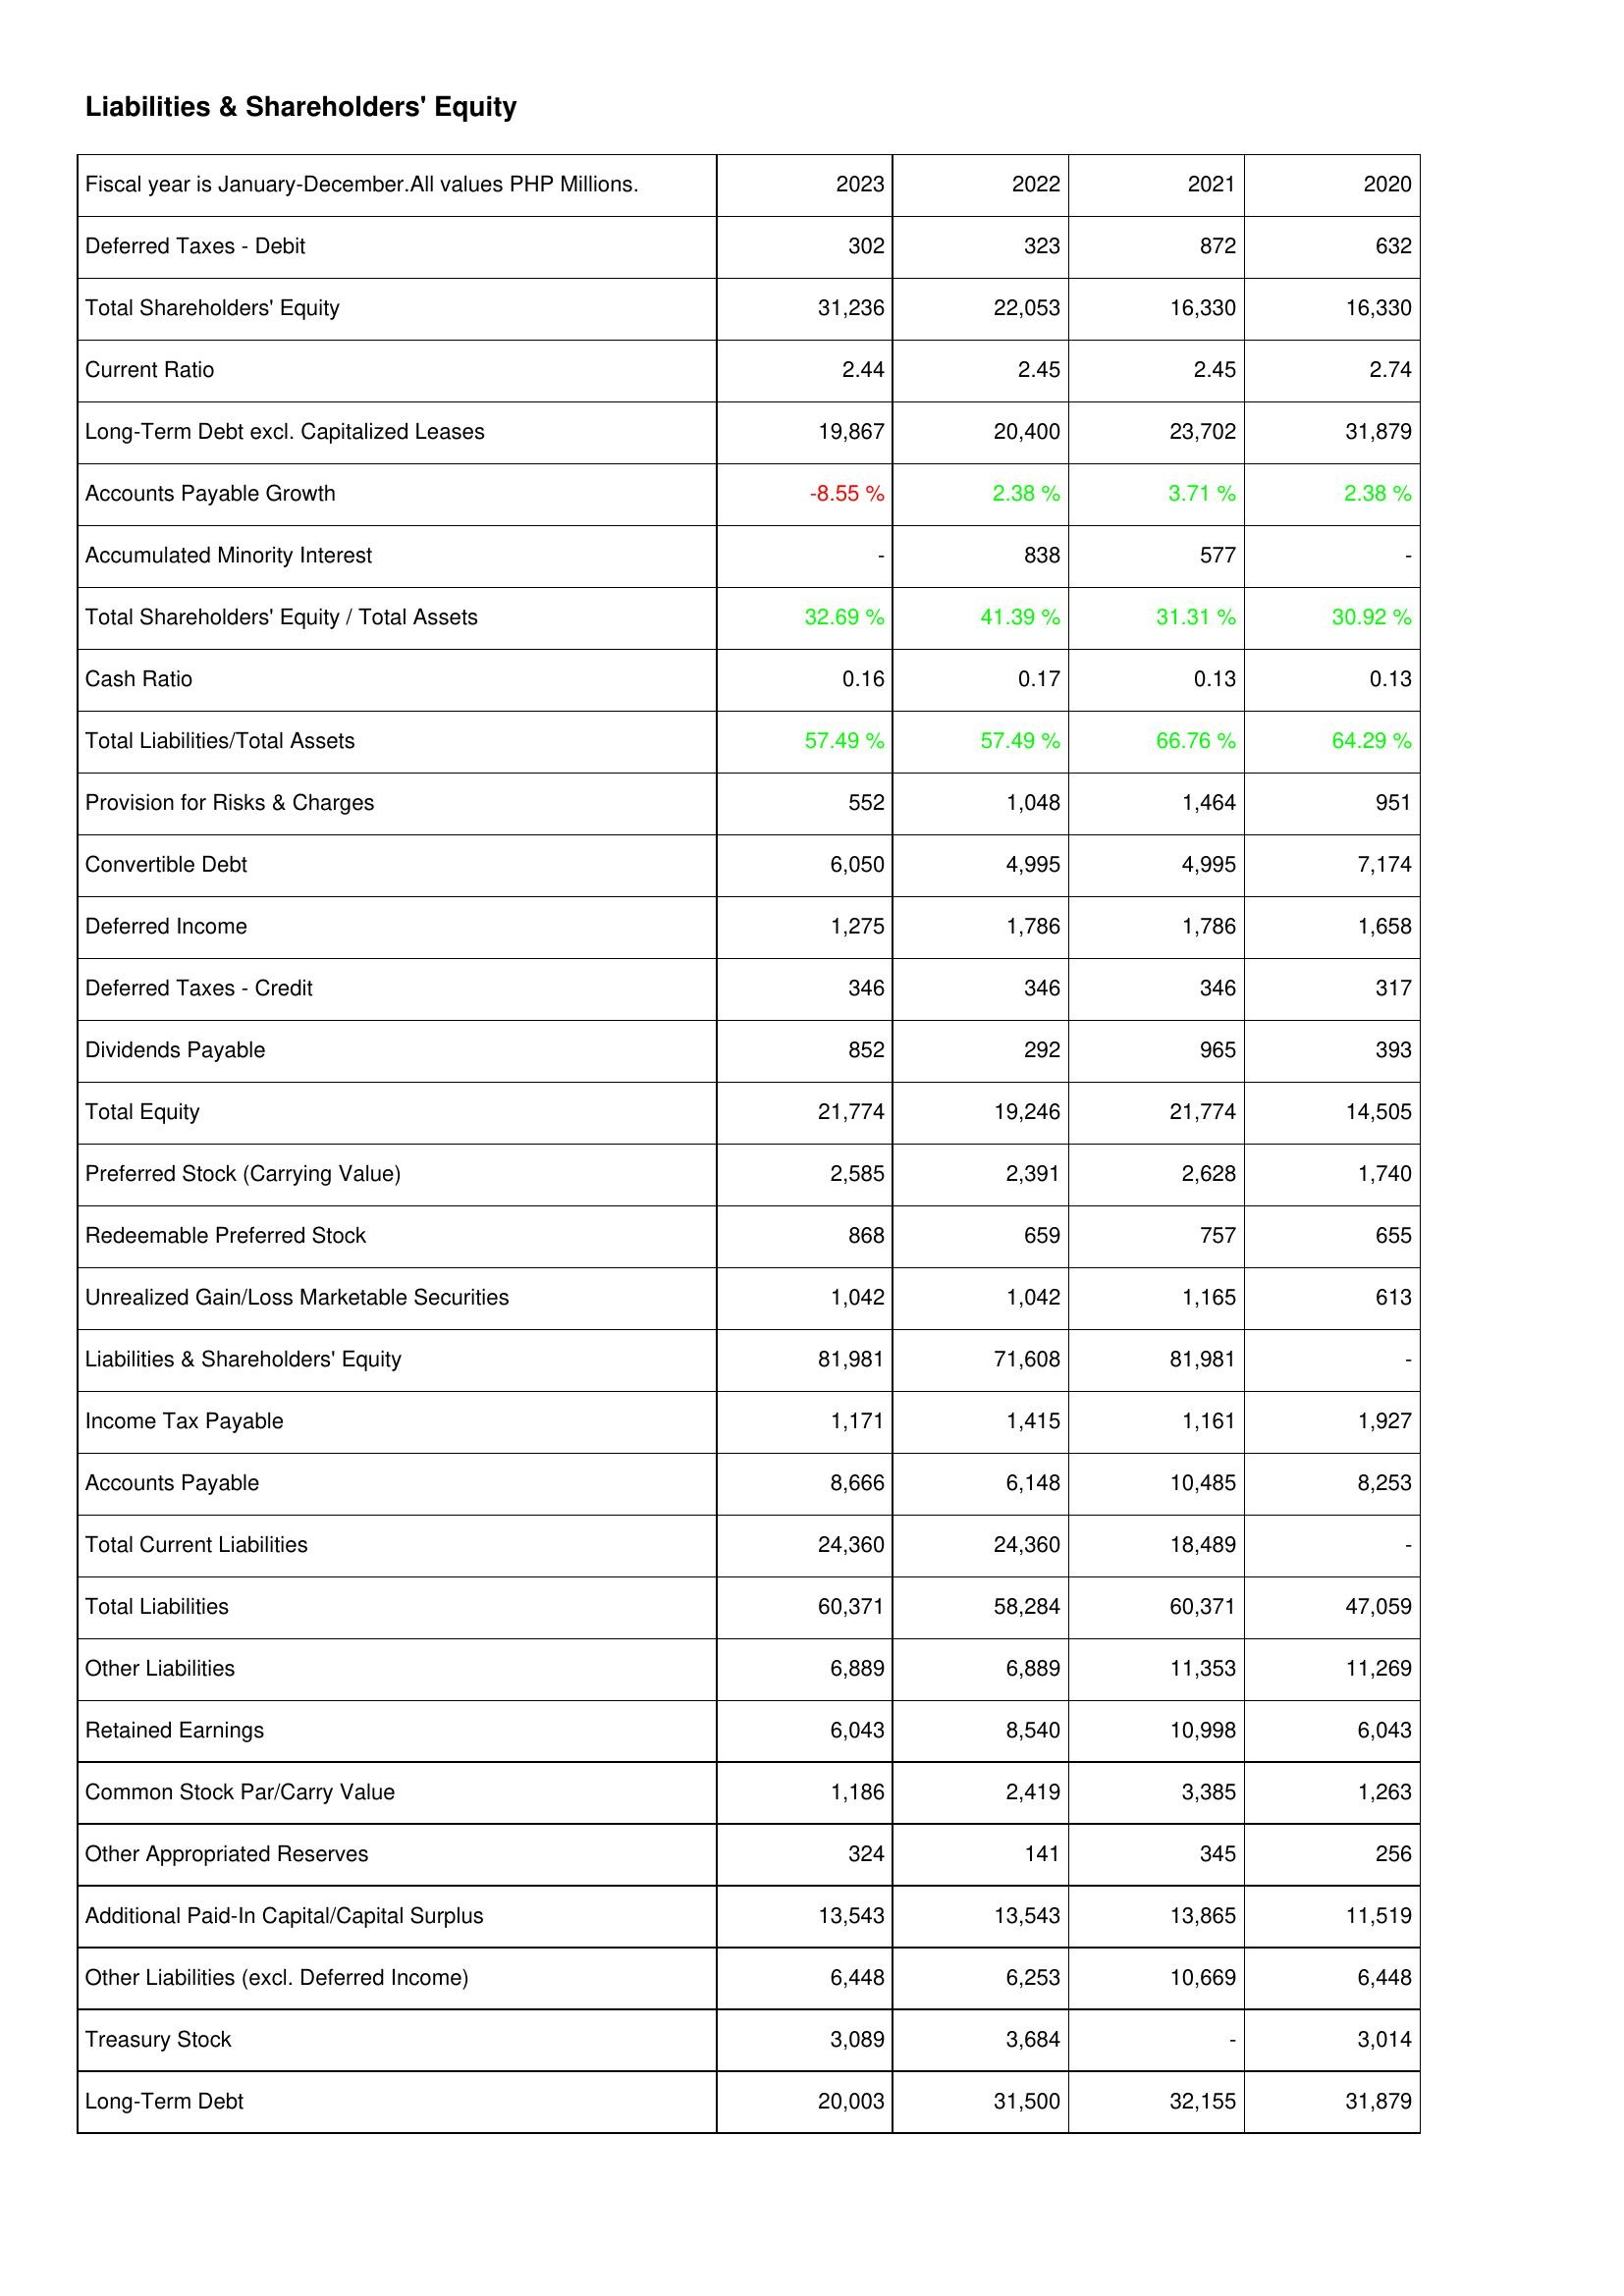
2023: Liabilities & Shareholders' Equity: Deferred Taxes - Debit: 302
Total Shareholders' Equity: 31,236
Current Ratio: 2.44
Long-Term Debt excl. Capitalized Leases: 19,867
Accounts Payable Growth: -8.55 %
Accumulated Minority Interest: -
Total Shareholders' Equity / Total Assets: 32.69 %
Cash Ratio: 0.16
Total Liabilities/Total Assets: 57.49 %
Provision for Risks & Charges: 552
Convertible Debt: 6,050
Deferred Income: 1,275
Deferred Taxes - Credit: 346
Dividends Payable: 852
Total Equity: 21,774
Preferred Stock (Carrying Value): 2,585
Redeemable Preferred Stock: 868
Unrealized Gain/Loss Marketable Securities: 1,042
Liabilities & Shareholders' Equity: 81,981
Income Tax Payable: 1,171
Accounts Payable: 8,666
Total Current Liabilities: 24,360
Total Liabilities: 60,371
Other Liabilities: 6,889
Retained Earnings: 6,043
Common Stock Par/Carry Value: 1,186
Other Appropriated Reserves: 324
Additional Paid-In Capital/Capital Surplus: 13,543
Other Liabilities (excl. Deferred Income): 6,448
Treasury Stock: 3,089
Long-Term Debt: 20,003
2022: Liabilities & Shareholders' Equity: Deferred Taxes - Debit: 323
Total Shareholders' Equity: 22,053
Current Ratio: 2.45
Long-Term Debt excl. Capitalized Leases: 20,400
Accounts Payable Growth: 2.38 %
Accumulated Minority Interest: 838
Total Shareholders' Equity / Total Assets: 41.39 %
Cash Ratio: 0.17
Total Liabilities/Total Assets: 57.49 %
Provision for Risks & Charges: 1,048
Convertible Debt: 4,995
Deferred Income: 1,786
Deferred Taxes - Credit: 346
Dividends Payable: 292
Total Equity: 19,246
Preferred Stock (Carrying Value): 2,391
Redeemable Preferred Stock: 659
Unrealized Gain/Loss Marketable Securities: 1,042
Liabilities & Shareholders' Equity: 71,608
Income Tax Payable: 1,415
Accounts Payable: 6,148
Total Current Liabilities: 24,360
Total Liabilities: 58,284
Other Liabilities: 6,889
Retained Earnings: 8,540
Common Stock Par/Carry Value: 2,419
Other Appropriated Reserves: 141
Additional Paid-In Capital/Capital Surplus: 13,543
Other Liabilities (excl. Deferred Income): 6,253
Treasury Stock: 3,684
Long-Term Debt: 31,500
2021: Liabilities & Shareholders' Equity: Deferred Taxes - Debit: 872
Total Shareholders' Equity: 16,330
Current Ratio: 2.45
Long-Term Debt excl. Capitalized Leases: 23,702
Accounts Payable Growth: 3.71 %
Accumulated Minority Interest: 577
Total Shareholders' Equity / Total Assets: 31.31 %
Cash Ratio: 0.13
Total Liabilities/Total Assets: 66.76 %
Provision for Risks & Charges: 1,464
Convertible Debt: 4,995
Deferred Income: 1,786
Deferred Taxes - Credit: 346
Dividends Payable: 965
Total Equity: 21,774
Preferred Stock (Carrying Value): 2,628
Redeemable Preferred Stock: 757
Unrealized Gain/Loss Marketable Securities: 1,165
Liabilities & Shareholders' Equity: 81,981
Income Tax Payable: 1,161
Accounts Payable: 10,485
Total Current Liabilities: 18,489
Total Liabilities: 60,371
Other Liabilities: 11,353
Retained Earnings: 10,998
Common Stock Par/Carry Value: 3,385
Other Appropriated Reserves: 345
Additional Paid-In Capital/Capital Surplus: 13,865
Other Liabilities (excl. Deferred Income): 10,669
Treasury Stock: -
Long-Term Debt: 32,155
2020: Liabilities & Shareholders' Equity: Deferred Taxes - Debit: 632
Total Shareholders' Equity: 16,330
Current Ratio: 2.74
Long-Term Debt excl. Capitalized Leases: 31,879
Accounts Payable Growth: 2.38 %
Accumulated Minority Interest: -
Total Shareholders' Equity / Total Assets: 30.92 %
Cash Ratio: 0.13
Total Liabilities/Total Assets: 64.29 %
Provision for Risks & Charges: 951
Convertible Debt: 7,174
Deferred Income: 1,658
Deferred Taxes - Credit: 317
Dividends Payable: 393
Total Equity: 14,505
Preferred Stock (Carrying Value): 1,740
Redeemable Preferred Stock: 655
Unrealized Gain/Loss Marketable Securities: 613
Liabilities & Shareholders' Equity: -
Income Tax Payable: 1,927
Accounts Payable: 8,253
Total Current Liabilities: -
Total Liabilities: 47,059
Other Liabilities: 11,269
Retained Earnings: 6,043
Common Stock Par/Carry Value: 1,263
Other Appropriated Reserves: 256
Additional Paid-In Capital/Capital Surplus: 11,519
Other Liabilities (excl. Deferred Income): 6,448
Treasury Stock: 3,014
Long-Term Debt: 31,879